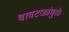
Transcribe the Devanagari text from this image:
वावटळांमुळे